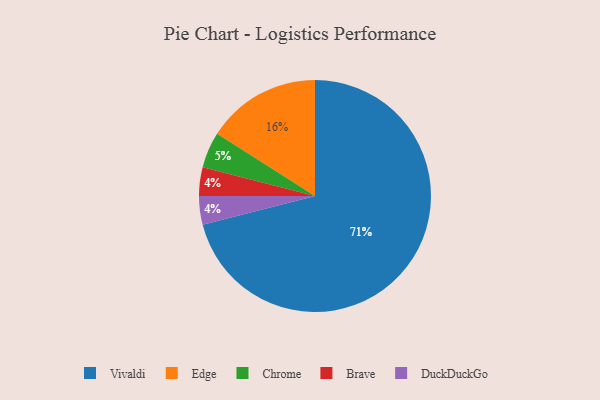
{"axis": {"x": "Category", "y": "Percentage"}, "legend": ["Brave", "Chrome", "DuckDuckGo", "Edge", "Vivaldi"], "data": [{"x": "Vivaldi", "y": 71, "type": "Vivaldi"}, {"x": "Brave", "y": 4, "type": "Brave"}, {"x": "Edge", "y": 16, "type": "Edge"}, {"x": "DuckDuckGo", "y": 4, "type": "DuckDuckGo"}, {"x": "Chrome", "y": 5, "type": "Chrome"}]}